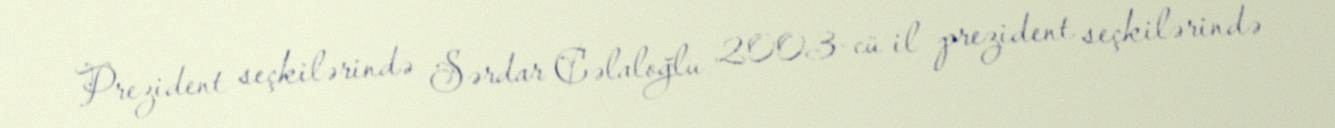
Prezident seçkilərində Sərdar Cəlaloğlu 2003-cü il prezident seçkilərində